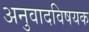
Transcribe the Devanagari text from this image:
अनुवादविषयक